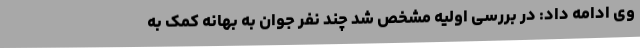
وی ادامه داد: در بررسی اولیه مشخص شد چند نفر جوان به بهانه کمک به